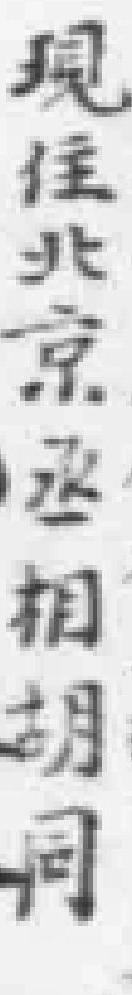
现住北京相胡同